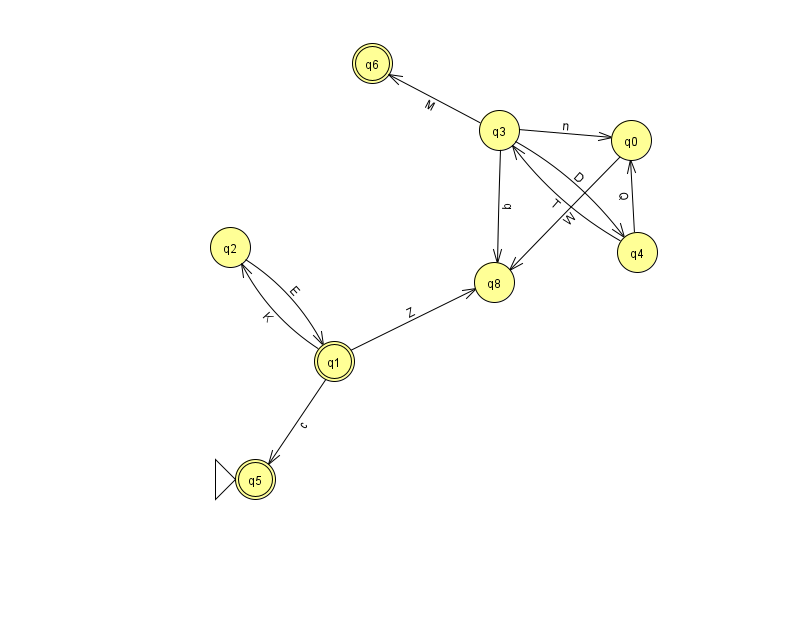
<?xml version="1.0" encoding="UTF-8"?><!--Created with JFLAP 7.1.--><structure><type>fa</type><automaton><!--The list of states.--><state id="0" name="q0"><x>631.0</x><y>127.0</y></state><state id="1" name="q1"><x>334.0</x><y>348.0</y><final/></state><state id="2" name="q2"><x>230.0</x><y>234.0</y></state><state id="3" name="q3"><x>499.0</x><y>117.0</y></state><state id="4" name="q4"><x>637.0</x><y>239.0</y></state><state id="5" name="q5"><x>255.0</x><y>466.0</y><initial/><final/></state><state id="6" name="q6"><x>372.0</x><y>50.0</y><final/></state><state id="8" name="q8"><x>494.0</x><y>269.0</y></state><!--The list of transitions.--><transition><from>3</from><to>8</to><read>b</read></transition><transition><from>3</from><to>6</to><read>M</read></transition><transition><from>1</from><to>2</to><read>K</read></transition><transition><from>3</from><to>0</to><read>n</read></transition><transition><from>1</from><to>8</to><read>Z</read></transition><transition><from>1</from><to>5</to><read>c</read></transition><transition><from>3</from><to>4</to><read>D</read></transition><transition><from>4</from><to>3</to><read>T</read></transition><transition><from>0</from><to>8</to><read>W</read></transition><transition><from>2</from><to>1</to><read>E</read></transition><transition><from>4</from><to>0</to><read>Q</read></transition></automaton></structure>